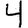
Digit: 4